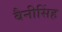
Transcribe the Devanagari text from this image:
बैनीसिंह